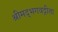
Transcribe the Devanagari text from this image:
श्रीमद्‌भगवद्गीता